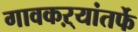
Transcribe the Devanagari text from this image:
गावकऱ्यांतर्फे